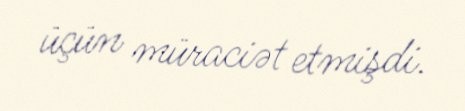
üçün müraciət etmişdi.